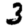
Digit: 3